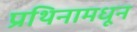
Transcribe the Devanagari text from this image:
प्रथिनामधून